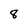
Character: 8